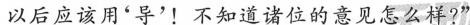
以后应该用‘导’!不知觉诸位的意见怎么样?”